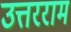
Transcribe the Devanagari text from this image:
उत्तरराम